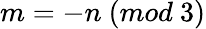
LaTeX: m=-n\ (mod\ 3)